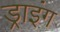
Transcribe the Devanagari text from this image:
ड्राइंंग